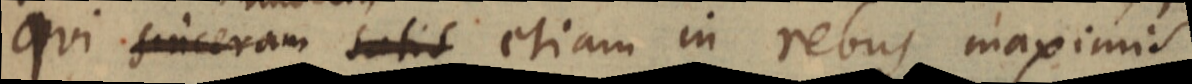
qui sinceram satis etiam in rebus maximis